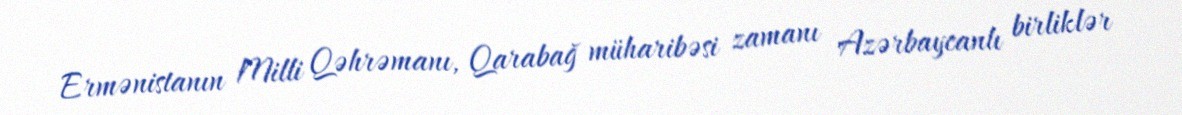
Ermənistanın Milli Qəhrəmanı, Qarabağ müharibəsi zamanı Azərbaycanlı birliklər